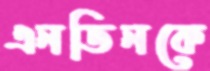
এনডিনকে